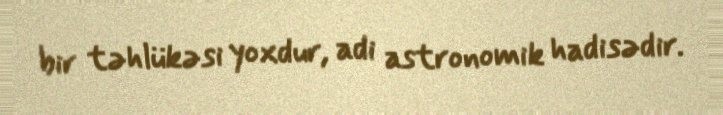
bir təhlükəsi yoxdur, adi astronomik hadisədir.